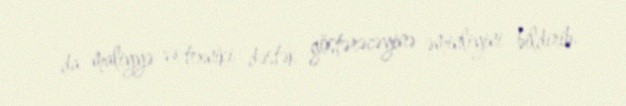
da maliyyə və texniki dəstək göstərəcəyinə əminliyini bildirib.